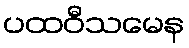
ပထဝီသမေန